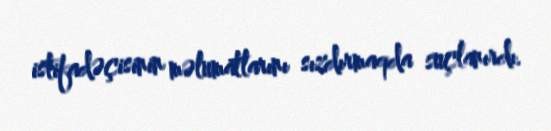
istifadəçisinin məlumatlarını sızdırmaqda suçlanırdı.